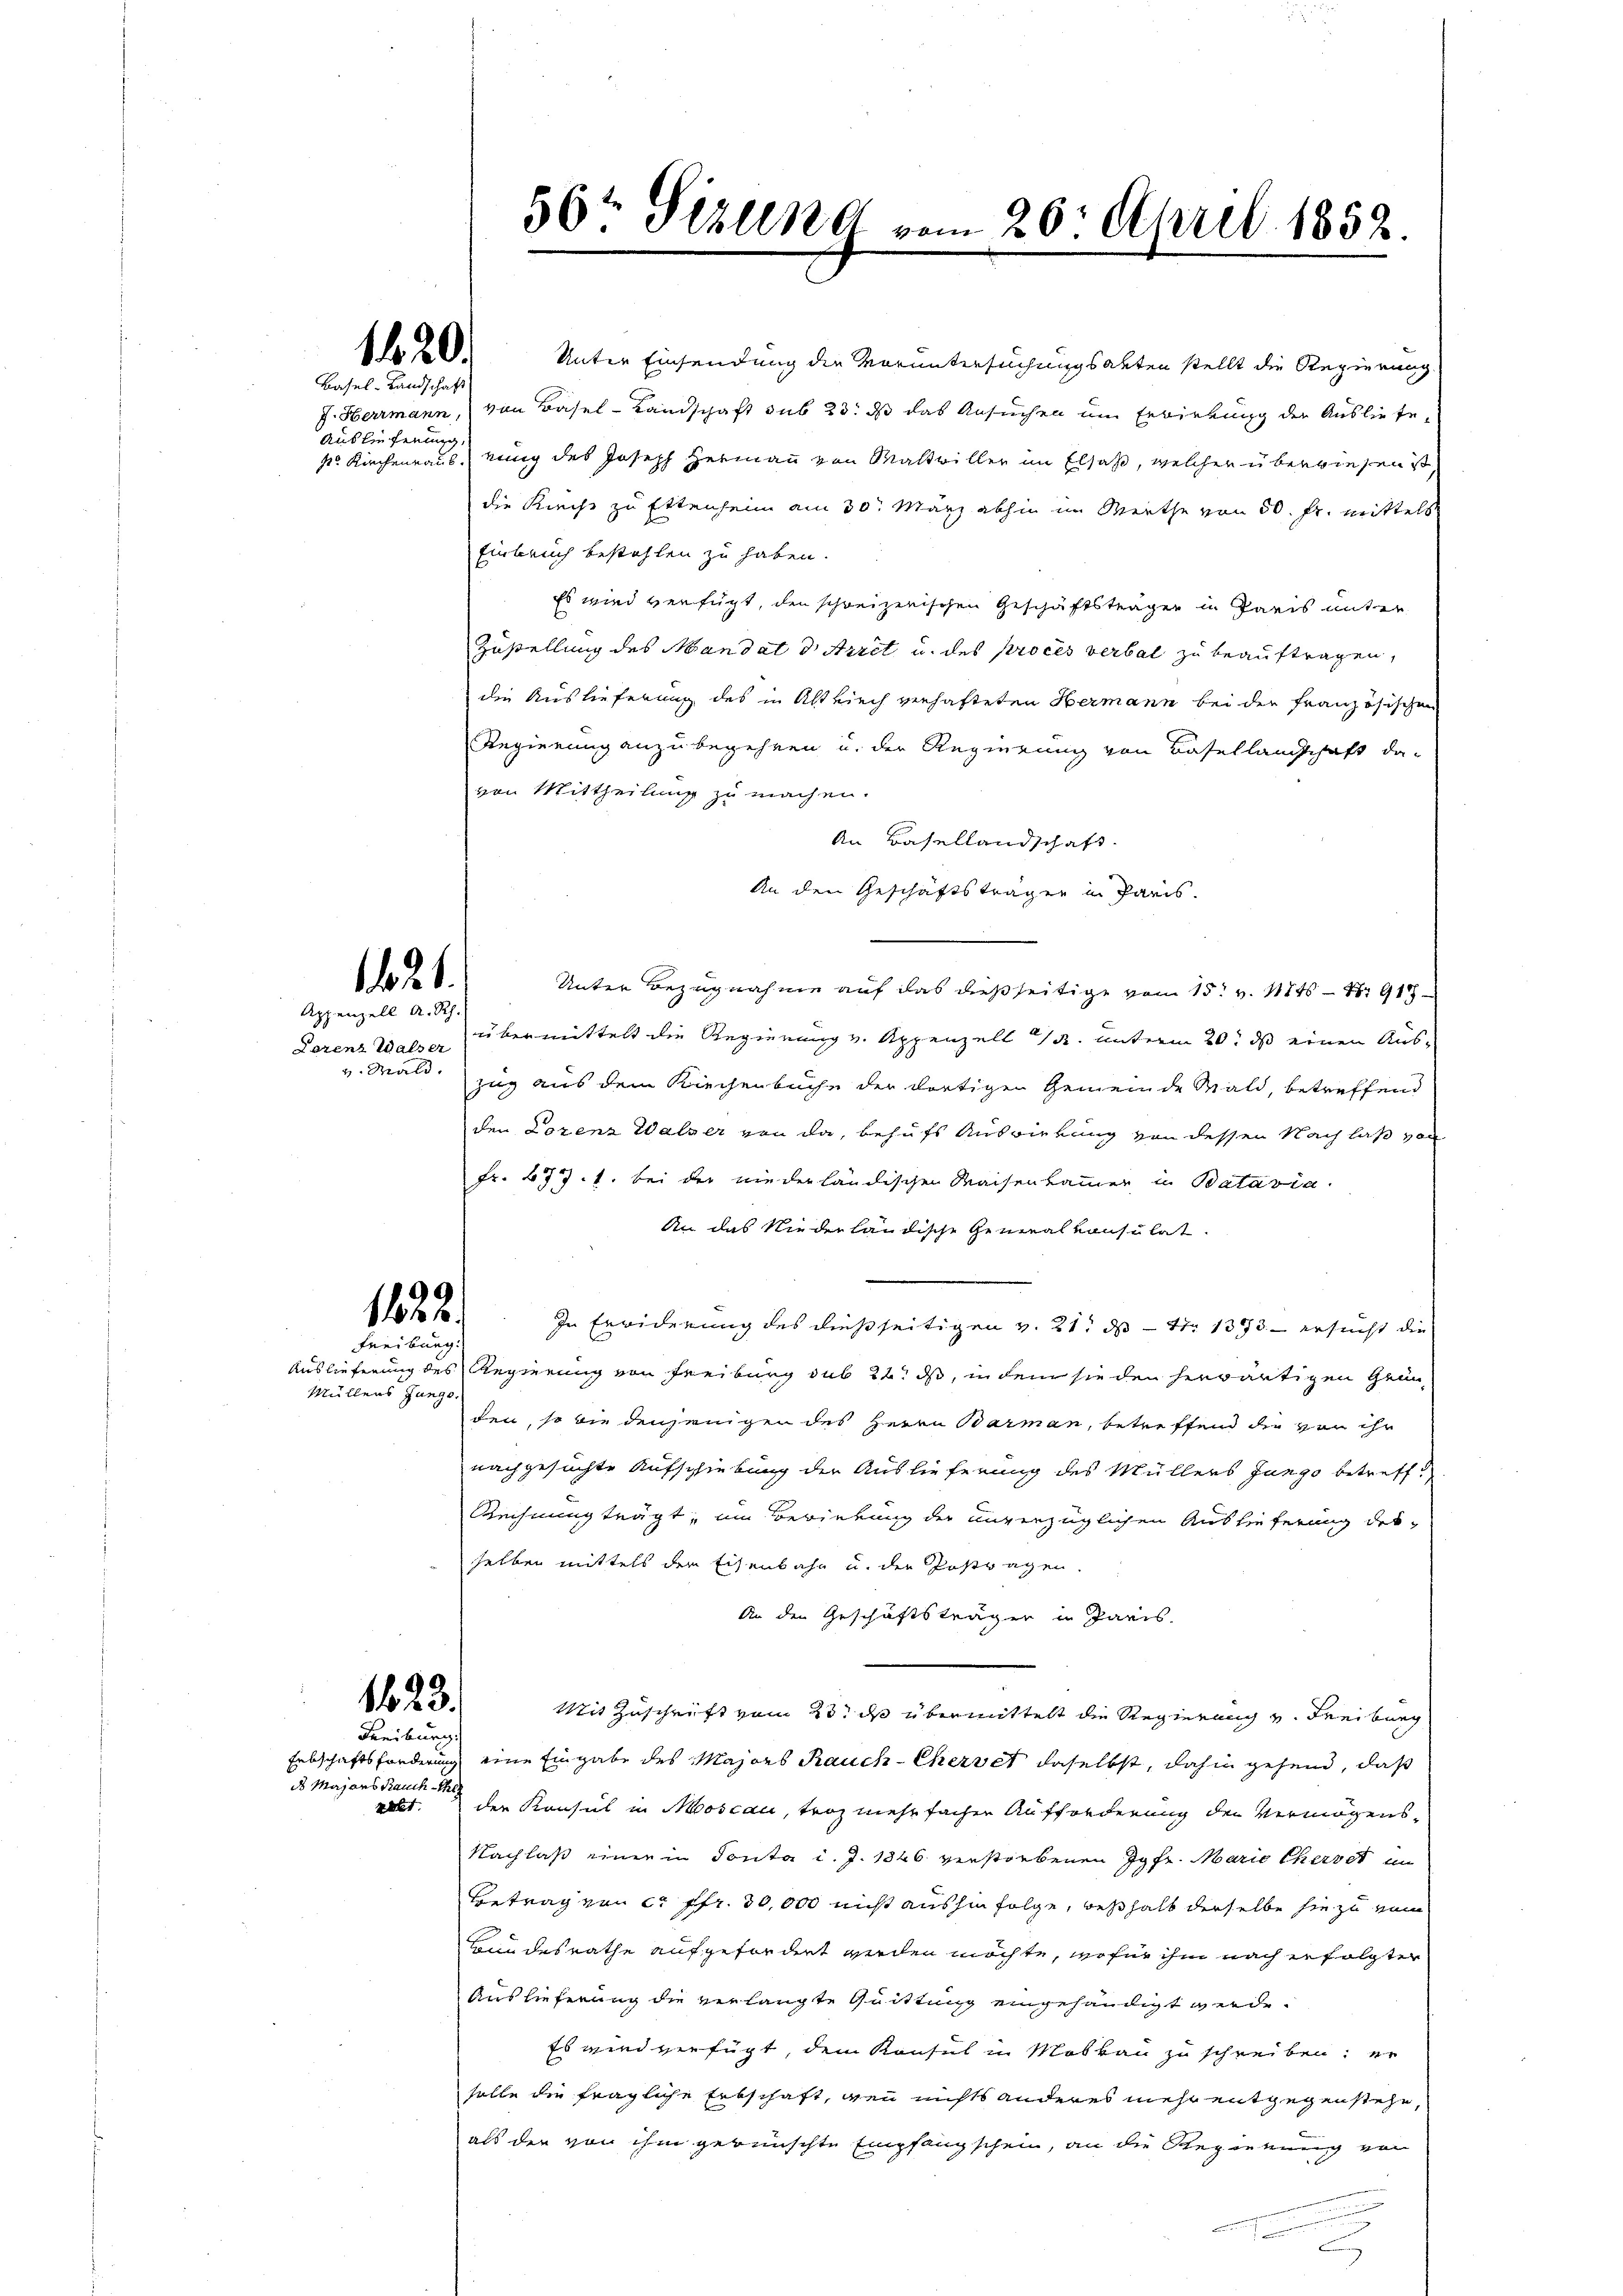
Auslieferung,

Lorenz Walser
v. Wald.

1420.
Basel-Landschaft

121.
Appenzell A. Rh.

1122.

Freiburg.
Müllens Junge

123.
Freiburg,

Erbschaftsforderung
ds Majors Rauch the
Kalt

Unter Einsendung die Voruntersuchungsabten stellt die Regierung
J. Herrmann, von Basel-Landschaft sub 23. ds das Ansuchen um Erwirkung der Ausliefe,
kr Kirchenraus, eing des Joseph Hermann von Maltriller im Elsaß, welcher überwiesen ist,
die Kirche zu Ettenheim am 30. März abhin im Werthe von 50. fr. mittels
Einbruch bestehlen zu haben.
Es wird verfügt, den schweizerischen Geschäftsträger in Paris unter
Zustellung des Mandat d Arret u. des proces verbal zu beauftragen,
die Auslieferung des in Altkirch verhafteten Hermann bei der Französischen
Regierung anzubegehren u. der Regierung von Basellandschaft da-
von Mittheilung zu machen.
An Basellandschaft.
An den Geschäftsträgen in Paris.
Unter Bezugnahme auf das dießseitige vom 15t v. Mts. S. 91
übermittelt die Regierung v. Appenzell I. unterm 20. ds einen Auszug aus dem Kirchenbüche der dortigen Gemeinde Wald, betreffend
den Lorenz Walser von da, behufs Auswirkung von dessen Nachlaß von
Fr. 677. 1. bei der niederländischen Waisenkammer in Batavia.
An das Niederländische Generalkonsulat
In Erwiderung des dießseitigen v. 21. ds Nr 1373 - ersucht die
Auslieferung des Regierung von Freiburg sub 22. ds, in dem sie den herwärtigen Gründen, so wie denjenigen des Herrn Barman, betreffend die von ihr
nachgesuchte Aufschiebung der Auslieferung des Müllers Jungo betreff¬
Rechnung trägt, um Berierung der unverzüglichen Auslieferung desselben mittels der Eisenbahn u. der Postragen.
An den Geschäftsträger in Paris.
Mit Zuschrift vom 23. ds übermittelt die Regierung v. Freiburg
eine Eingabe des Majors Rauch-Chervet daselbst, dahin gehend, daß
der Konsul in Moscau, trag mehrfachen Aufforderung der Vermögens¬
Nachlaß einer in Sonta i. J. 1846 verstorbenen Jgfr. Marie Cherbet in
Betrag von c. fr. 30,000 nicht aushinfolge, weshalb derselbe sie zu vom
Bundesrathe aufgefordert werden möchte, wofür ihm nach erfolgter
Auslieferung die verlangte Quittung eingehändigt werde.
Es wird verfügt, dem Konsul in Moskau zu schreiben, er
solle die fragliche Erbschaft, wenn nichts anderes mehr entgegenstehe,
als der von ihm gewünschte Empfangschein, an die Regierung von

56t Sizung vom 26. April 1852.